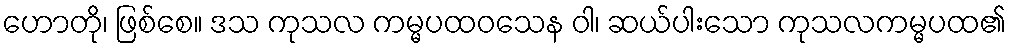
ဟောတို၊ ဖြစ်စေ။ ဒသ ကုသလ ကမ္မပထဝသေန ဝါ၊ ဆယ်ပါးသော ကုသလကမ္မပထ၏